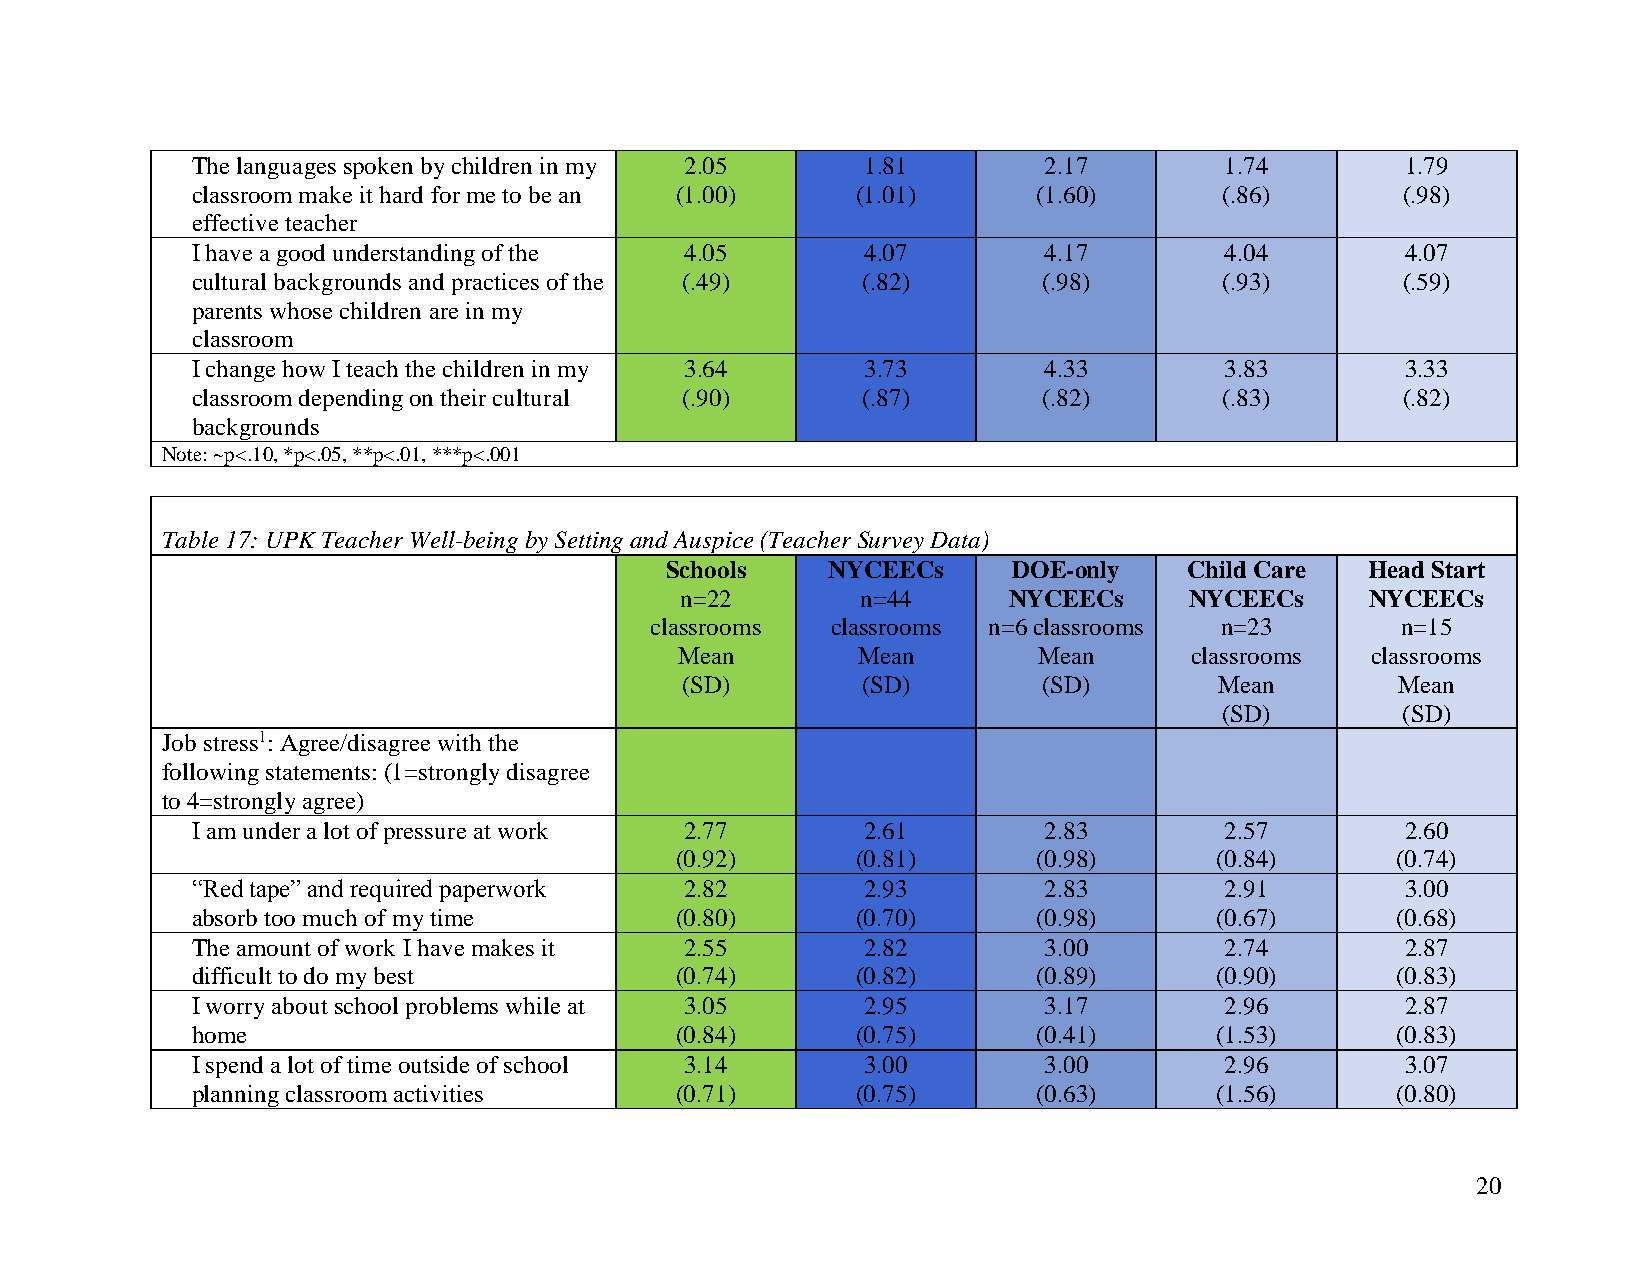
The languages spoken by children in my 2.05 1.81        2.17        1.74        1.79
 classroom make it hard for me to be an (1.00) (1.01)    (1.60)      (.86)       (.98)
 effective teacher
 I have a good understanding of the 4.05     4.07        4.17        4.04        4.07
 cultural backgrounds and practices of the (.49) (.82)   (.98)       (.93)       (.59)
 parents whose children are in my
 classroom
 I change how I teach the children in my 3.64 3.73       4.33        3.83        3.33
 classroom depending on their cultural (.90) (.87)       (.82)       (.83)       (.82)
 backgrounds
 Note: ~p<.10, *p<.05, **p<.01, ***p<.001
 Table 17: UPK Teacher Well-being by Setting and Auspice (Teacher Survey Data)
 Schools    NYCEECs     DOE-only    Child Care  Head Start
 n=22        n=44      NYCEECs     NYCEECs     NYCEECs
 classrooms  classrooms n=6 classrooms n=23        n=15
 Mean        Mean        Mean      classrooms  classrooms
 (SD)        (SD)        (SD)        Mean        Mean
 (SD)        (SD)
 Job stress1: Agree/disagree with the
 following statements: (1=strongly disagree
 to 4=strongly agree)
 I am under a lot of pressure at work 2.77   2.61        2.83        2.57        2.60
 (0.92)      (0.81)      (0.98)     (0.84)      (0.74)
 “Red tape” and required paperwork 2.82      2.93        2.83        2.91        3.00
 absorb too much of my time      (0.80)      (0.70)      (0.98)     (0.67)      (0.68)
 The amount of work I have makes it 2.55     2.82        3.00        2.74        2.87
 difficult to do my best         (0.74)      (0.82)      (0.89)     (0.90)      (0.83)
 I worry about school problems while at 3.05 2.95        3.17        2.96        2.87
 home                            (0.84)      (0.75)      (0.41)     (1.53)      (0.83)
 I spend a lot of time outside of school 3.14 3.00       3.00        2.96        3.07
 planning classroom activities   (0.71)      (0.75)      (0.63)     (1.56)      (0.80)
 20